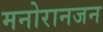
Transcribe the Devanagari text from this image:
मनोरानजन